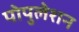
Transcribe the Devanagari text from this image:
पोपुलेशन